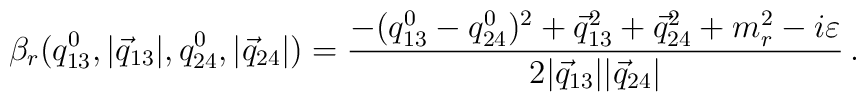
\beta_r(q_{1 3}^0, |\vec{q}_{1 3}|, q_{2 4}^0, |\vec{q}_{2 4}|) =\frac{- (q_{1 3}^0 - q_{2 4}^0)^2 + \vec{q}_{1 3}^2 + \vec{q}_{24}^2 + m_r^2 - i \varepsilon}{2 |\vec{q}_{1 3}| |\vec{q}_{2 4}|}\,.